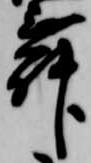
舞